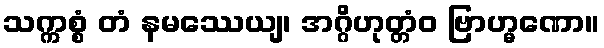
သက္ကစ္စံ တံ နမဿေယျ၊ အဂ္ဂိဟုတ္တံဝ ဗြာဟ္မဏော။